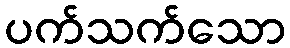
ပက်သက်သော